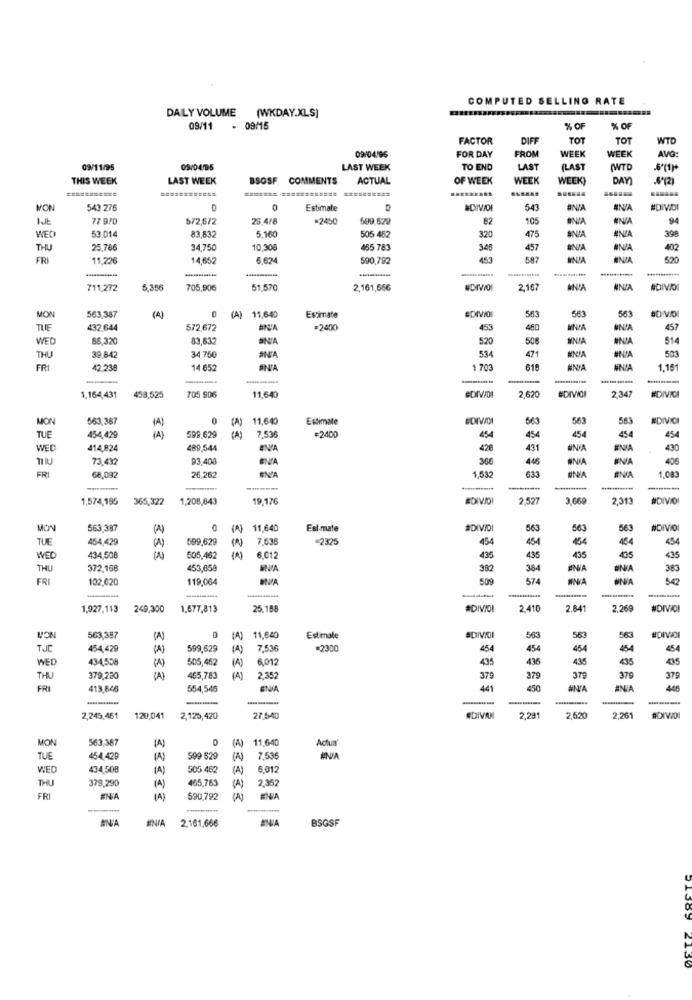
COMPUTED SELLING RATE
DAILY VOLUME (WKDAY.XLS)
09/11
- 09/15
% OF
% OF
FACTOR
DIFF
TOT
TOT
NTD
09/04/96
FOR DAY
FROM
WEEK
WEEK
AVO:
09/11/95
09/04/95
LAST WEEK
TO END
LAST
(LAST
WTD
THIS WEEK
LAST WEEK
BSOSF COMMENTS
ACTUAL
OF WEEK
WEEK
WEEK
DAY
====== ======
.........
VON
543 276
Estimate
543
BNIA
#N/A
#DIVOI
IJE
77 9/0
572,672
23 4/8
=2450
699,529
82
105
BNIA
94
53.014
83.832
5.160
505 462
320
ANIA
398
WEC
475
THU
25.786
34,75
10,308
465 783
340
457
#N/A
402
FRI
11.226
14,652
6.624
590,792
453
ANIA
570
--
711,272
5,356
705,906
51.570
2,161,666
EDIVIO
2,16
ANIA
NNIA
(A)
#DIVIO
563
563
MON
563,387
(A)
11,640
Estimate
563
TUE
432.644
572,672
BNA
=2400
453
480
457
WED
86.320
83,837
BNA
520
506
MNJA
514
534
503
THU
39 842
34,750
ONA
471
#NIA
FR
42.238
14 652
1.703
61
ANIA
NNIA
1.151
1.164,431
11,640
2.62
458,525
705 906
GDIVIDI
2347
#DIVICI
MON
563,387
0
(A) 11,640
Estimate
EDIVOI
563
563
563
#DIVICI
(A)
7.536
454
TUE
454,429
( A)
599,629
( A)
=2400
454
454
454
WED
414,824
489,544
ENA
426
431
WNIA
ENA
430
73.432
93,400
BNA
366
446
#N/A
INA
406
1.083
FRI
68,092
26,262
BNA
---
-----
1,574,195
365,322
1,208,843
19,176
#DIVIDI
2.52
3,669
2.313
#DIVIDI
MON
563,337
(A)
11,640
Est-mate
563
563
563
#DIVOI
TUE
454,429
599,629
7,536
=2325
454
454
454
450
435
WEL
434,508
(A)
505,462
6.012
435
435
435
405
THU
372,168
453,658
382
384
383
FRI
102,620
119,064
574
INA
1,927,113
249,300
1.677,813
25.158
#DIVIO!
2.410
2.641
2.269
#DIVIC!
#DIVICI
563,387
11,640
Estimate
#DIVII
563
563
563
TJE
454,429
599,629
( A)
7,536
=2300
454
454
454
454
454
WED
434,538
(A)
505,462
(A)
6,012
435
436
435
435
435
370
THU
379,280
(A)
465,783
2.352
379
379
375
379
FRI
413,846
554,546
441
450
#N/A
ANIA
---
-
----
-------..
2,245,461
120,041
2,125,420
27.540
#DIVAN
2,291
2,520
2.261
#DIVOI
MON
563.367
11,640
(A)
Actua
TUE
454,429
599 629
7,536
WED
434,508
505 462
(A)
6.012
THU
379,290
(A)
465,763
(A)
2,362
FRI
ENIA
590,792
(A)
ENIA
ANA
ENIA
2.161,666
BSGSF
21.30